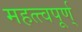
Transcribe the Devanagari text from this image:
महत्त्वपूर्ण्